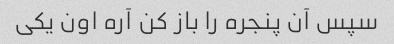
سپس آن پنجره را باز کن آره اون یکی